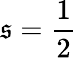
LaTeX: \mathfrak{s}={\frac{{1}}{{2}}}